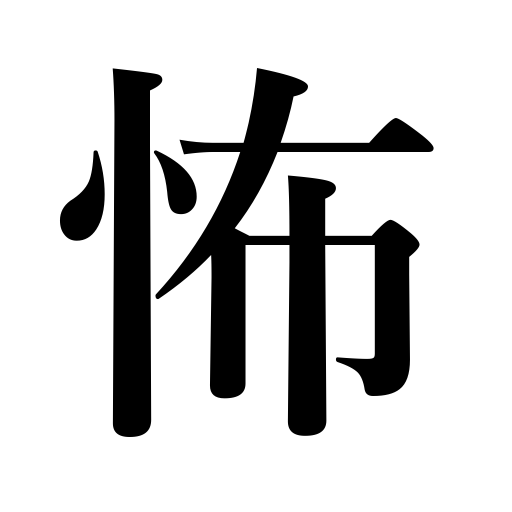
Meanings: be timid,frightful,terrible,fearful,be frightened,fear,weird,get nervous